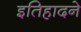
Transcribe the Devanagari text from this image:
इतिहादने